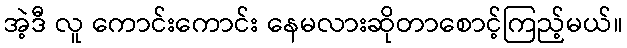
အဲ့ဒီ လူ ကောင်းကောင်း နေမလားဆိုတာစောင့်ကြည့်မယ်။